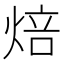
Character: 焙